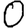
Digit: 0